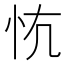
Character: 𢗟